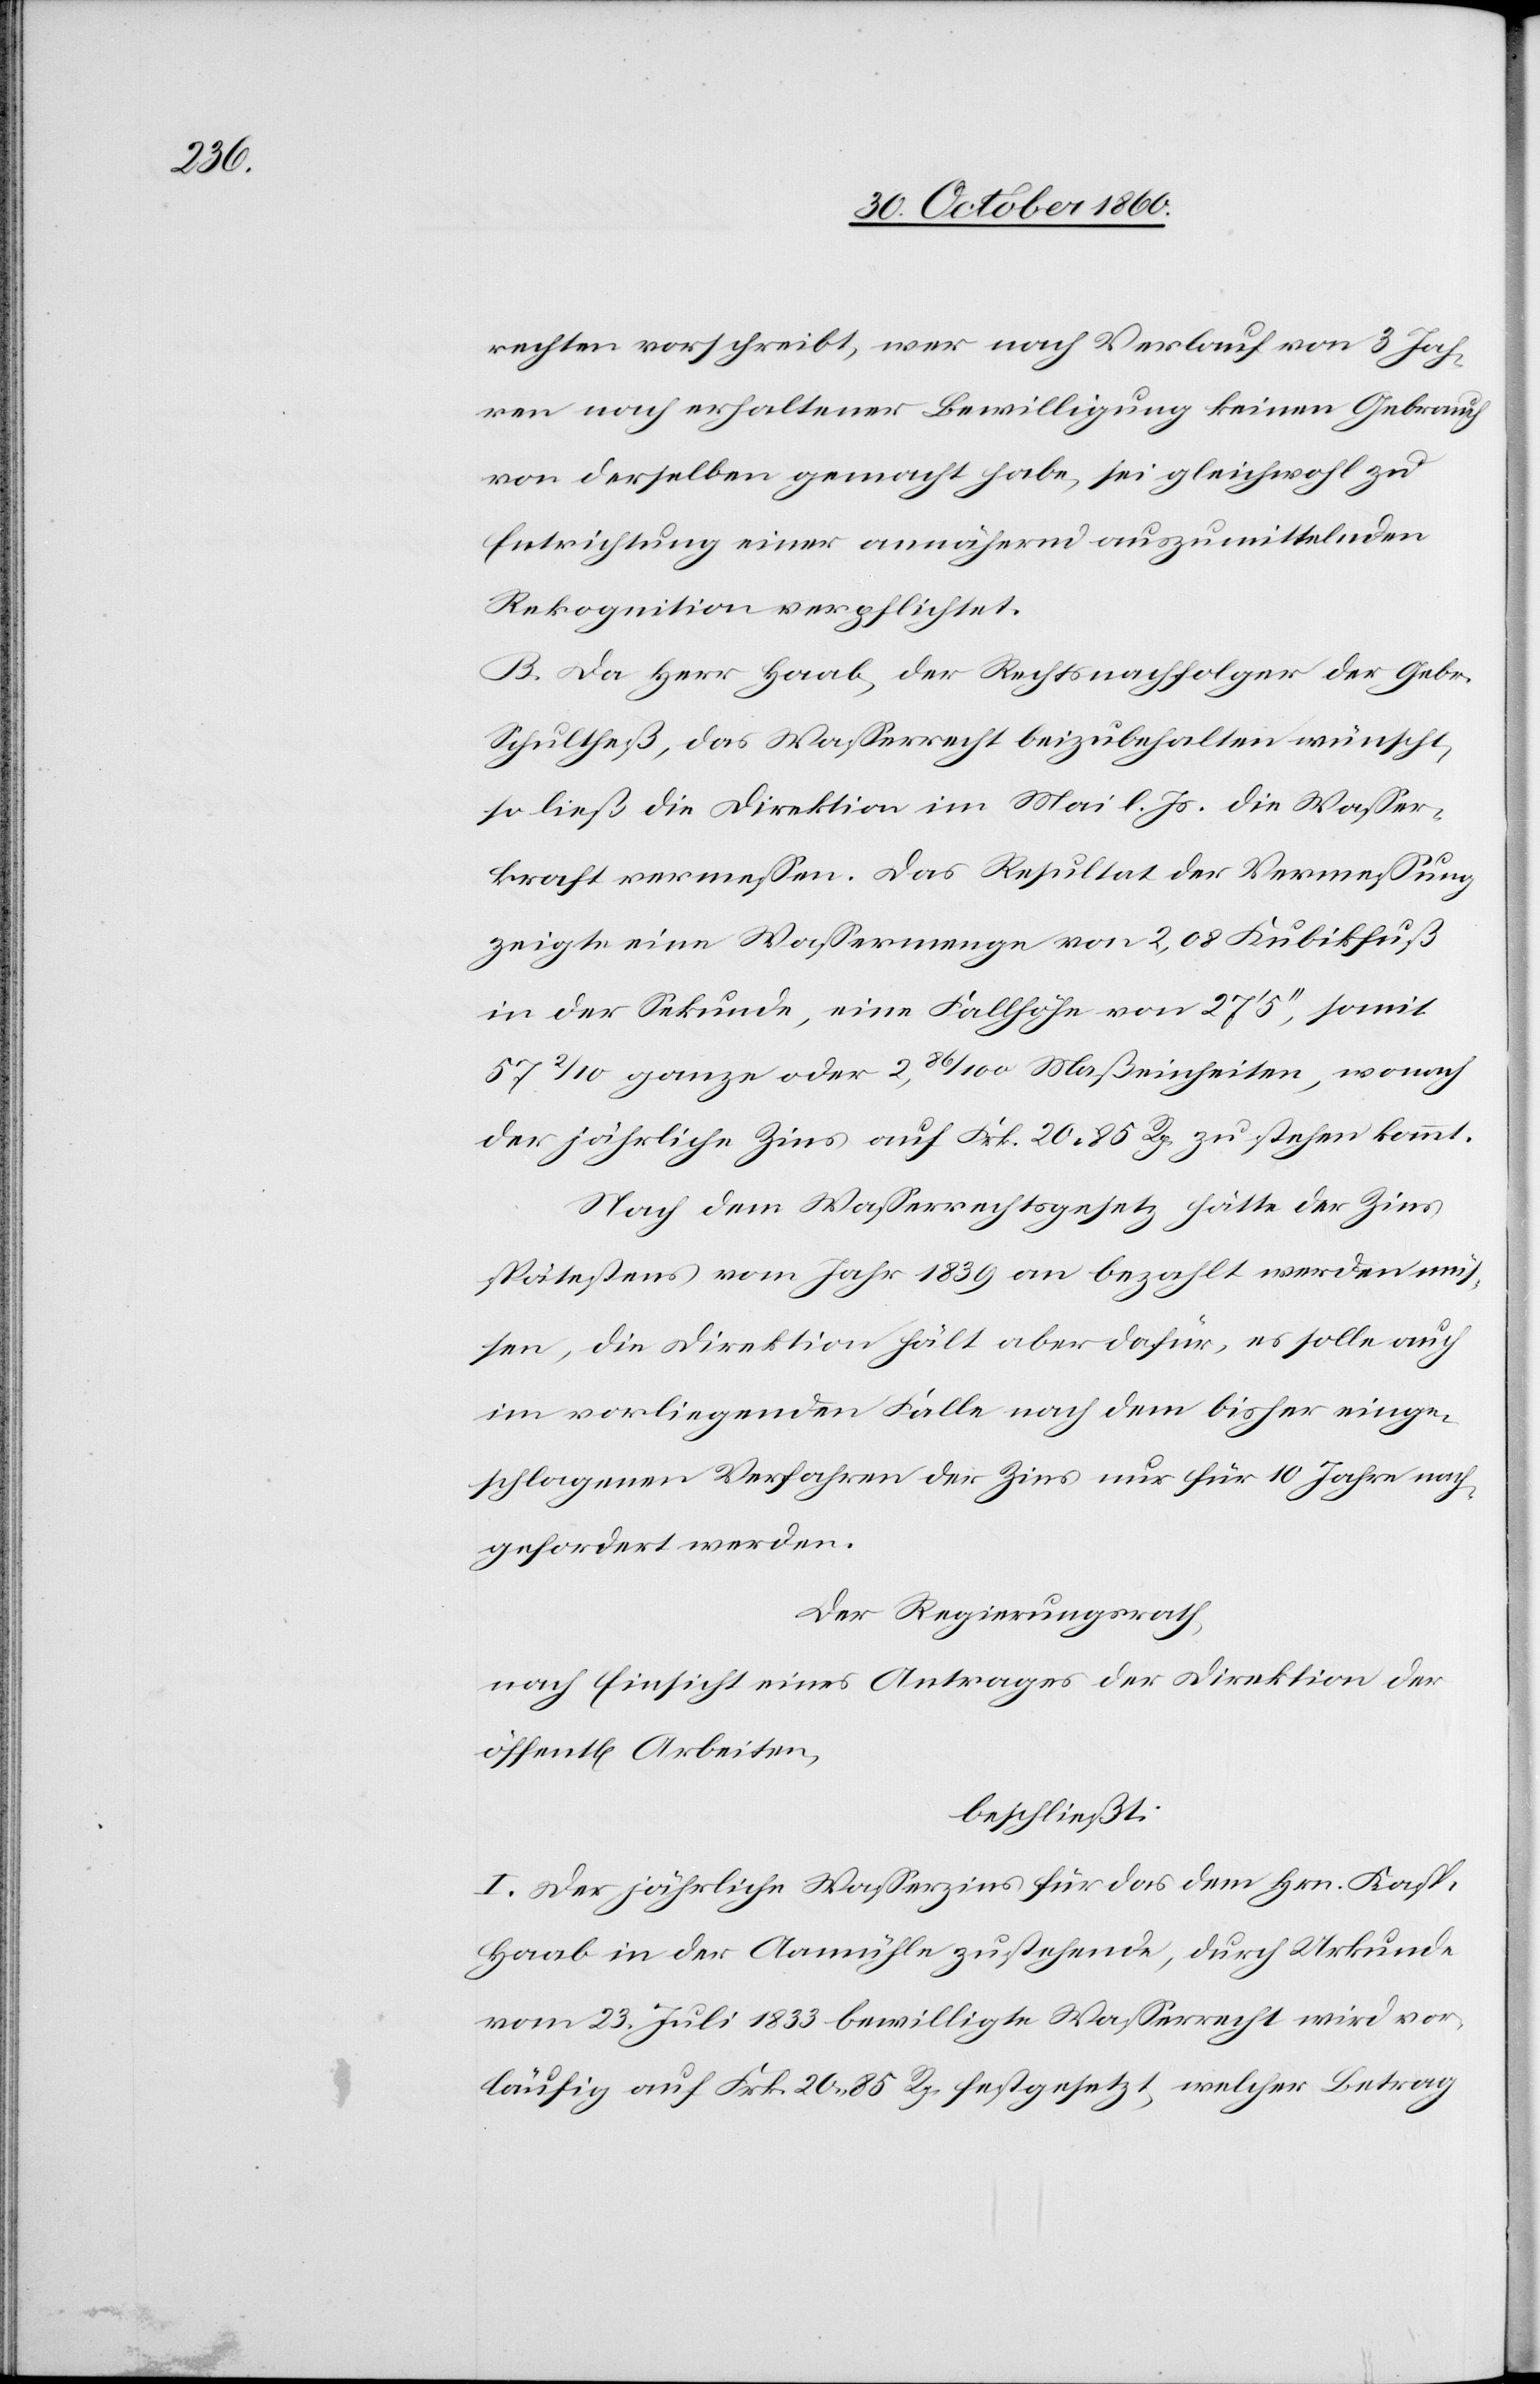
rechten vorschreibt, wer nach Verlauf von 3 Jah¬
ren nach erhaltener Bewilligung keinen Gebrauch
von derselben gemacht habe, sei gleichwohl zu
Entrichtung einer annährend auszumittelnden
Rekognition verpflichtet.
B. Da Herr Haab, der Rechtsnachfolger der Gebr.
Schultheß, das Wasserrecht beizubehalten wünscht,
so ließ die Direktion im Mai l. Js. die Wasser¬
kraft vermessen. Das Resultat der Vermessung
zeigte eine Wassermenge von 2,08 Kubikfuß
in der Sekunde, eine Fallhöhe von 27’ 5’’, somit
57 2/10 ganze oder 2 86/100 Maßeinheiten, wonach
der jährliche Zins auf Frk. 20 85 Rp. zu stehen kommt.
Nach dem Wasserrechtsgesetz hätte der Zins
spätestens vom Jahr 1839 an bezahlt werden mü¬
ssen, die Direktion hält aber dafür, es solle auch
im vorliegenden Falle nach dem bisher einge¬
schlagenen Verfahren der Zins nur für 10 Jahre nach¬
gefordert werden.
Der Regierungsrath,
nach Einsicht eines Antrages der Direktion der
beschließt:
I. Der jährliche Wasserzins für das dem Hrn. Kasp.
Haab in der Aamühle zustehende, durch Urkunde
vom 23. Juli 1833 bewilligte Wasserrecht wird vor¬
läufig auf Frk. 20 85 Rp. festgesetzt, welcher Betrag